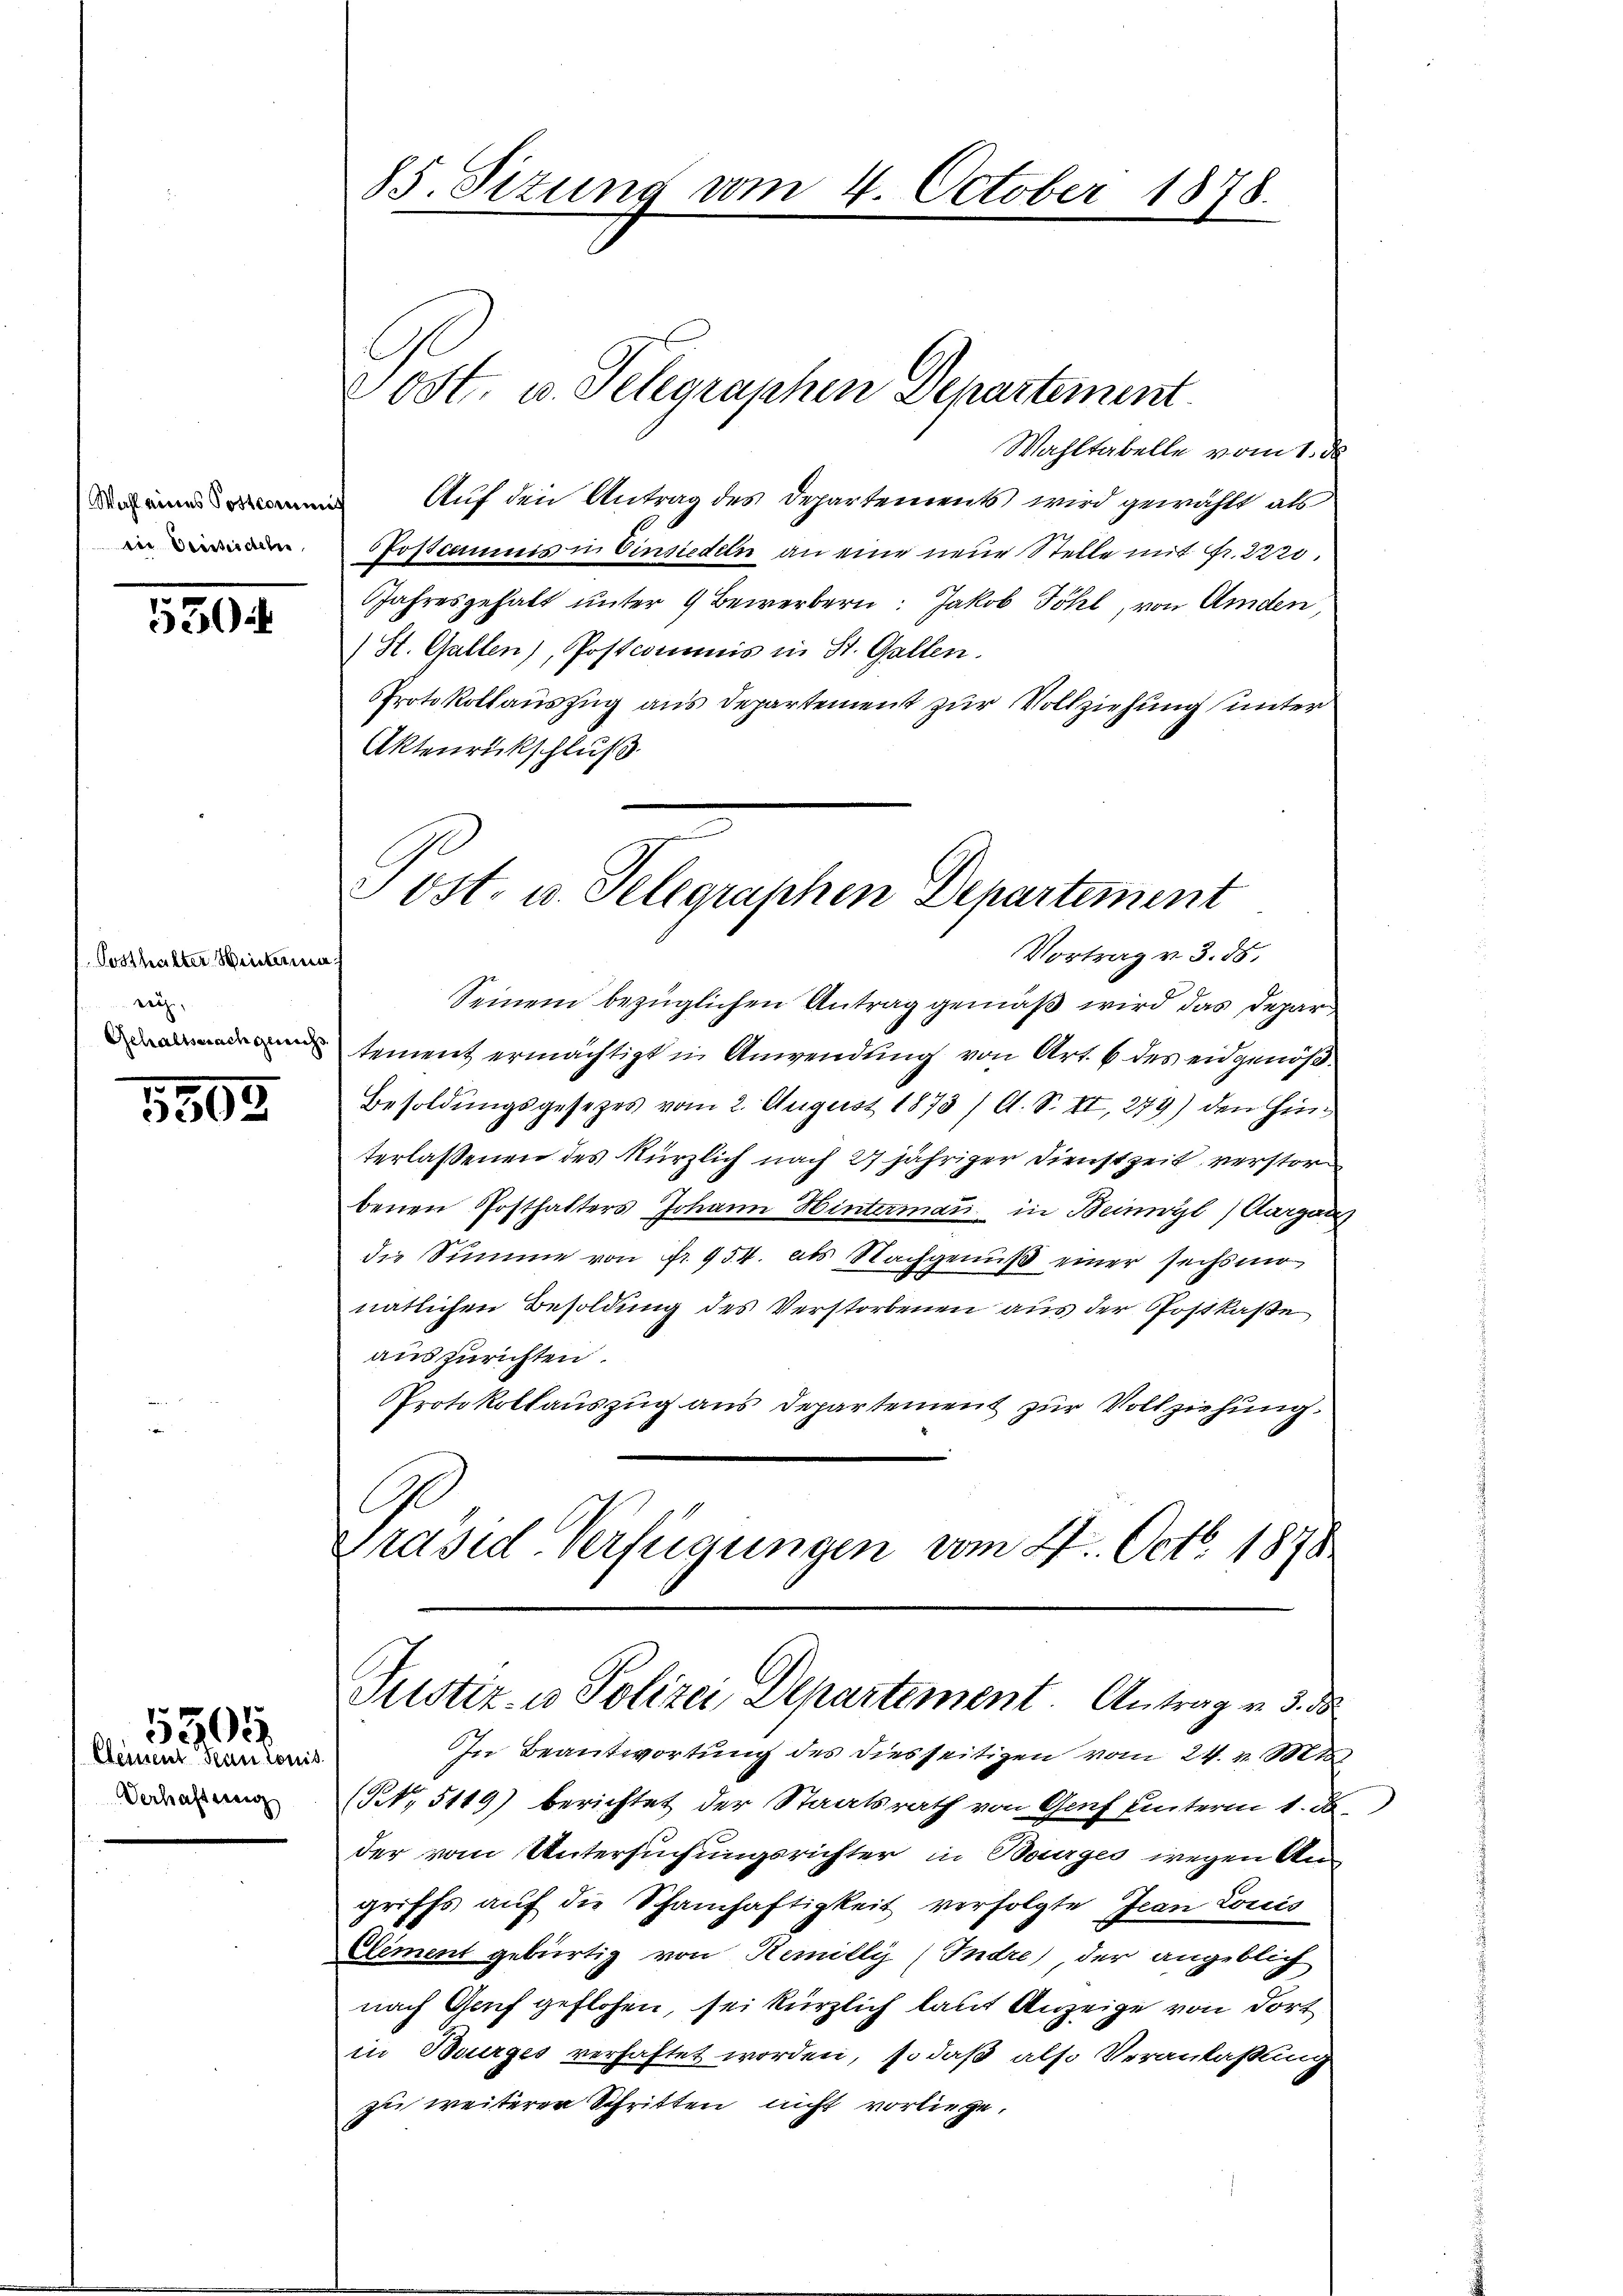
Wahl eines Postcommis
die Versteideten

5302

Posthalter Hintana
rich

1503.

Seinent Frau lonis
Verhafteren

5504

85. Sizung vom 4. October 1878.

Jost, u. Telegraphen Departement.
Wahltabelle vom 1. de
Auf den Antrag des Departements wird gewählt als
PPostcommis in Einsiedeln an eine neue Stelle mit Fr. 2220.
Jahresgehalt unter 9 Bewerbern: Jakob Föhl, von Amden,
(St. Gallen), Postcommis in St. Gallen.
Protokollauszug aus Departement zur Vollziehung unter
Aktenrückschluß
Vortrag v. 3. ds.
Seinem bezüglichen Antrag gemäß wird das Depar
tement ermächtigt in Anwendung von Art. 6 des eidgenöß¬
Besoldungsgesezes vom 2. August 1873 /A. S. II, 279) den Hinterlassenen des kürzlich nach 27 jähriger Dienstzeit verstor
benen Posthalters Johann Hintermaṅ in Beinwyl, Aargau
die Summe von fr. 954. als Nachgenuß einer sechsmo
natlichen Besoldung des Verstorbenen aus der Postkase
auszurichten.
Protokollauszug aus Departement zur Vollziehung.
Präsid. Verfügungen vom 27. Octb. 1878
Justiz- u. Polizei Departement. Antrag v. 5. de
In Beantwortung des diesseitigen vom 24. v. Mt
(No. 5119) berichtet der Staatsrath von Genf unterm 1. d.
der vom Untersuchungsrichter in Bourges wegen Angriffs auf die Schamhaftigkeit verfolgte Jean Loccis
Eliment gebürtig von Remilly (Indre der angeblich
nach Genf geflohen, sei kürzlich laut Anzeige von dort
in Burges verhaftet worden, so daß also Veranlaßung
zu weiterer Schritten nicht vorliege.

Post. u. Telegraphen Departement